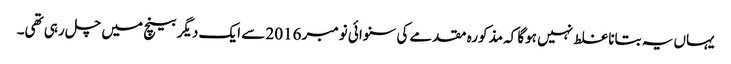
یہاں یہ بتانا غلط نہیں ہوگا کہ مذکورہ مقدمے کی سنوائی نومبر 2016 سے ایک دیگر بینچ میں چل رہی تھی۔